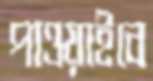
পাওয়াইবে